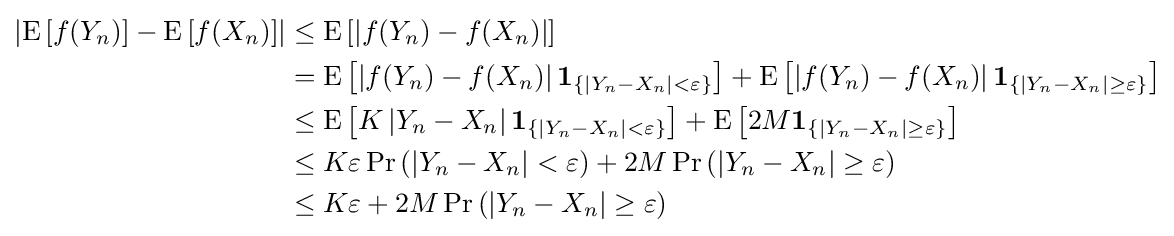
{\begin{aligned}\left|\operatorname {E} \left[f(Y_{n})\right]-\operatorname {E} \left[f(X_{n})\right]\right|&\leq \operatorname {E} \left[\left|f(Y_{n})-f(X_{n})\right|\right]\\&=\operatorname {E} \left[\left|f(Y_{n})-f(X_{n})\right|\mathbf {1} _{\left\{|Y_{n}-X_{n}|<\varepsilon \right\}}\right]+\operatorname {E} \left[\left|f(Y_{n})-f(X_{n})\right|\mathbf {1} _{\left\{|Y_{n}-X_{n}|\geq \varepsilon \right\}}\right]\\&\leq \operatorname {E} \left[K\left|Y_{n}-X_{n}\right|\mathbf {1} _{\left\{|Y_{n}-X_{n}|<\varepsilon \right\}}\right]+\operatorname {E} \left[2M\mathbf {1} _{\left\{|Y_{n}-X_{n}|\geq \varepsilon \right\}}\right]\\&\leq K\varepsilon \operatorname {Pr} \left(\left|Y_{n}-X_{n}\right|<\varepsilon \right)+2M\operatorname {Pr} \left(\left|Y_{n}-X_{n}\right|\geq \varepsilon \right)\\&\leq K\varepsilon +2M\operatorname {Pr} \left(\left|Y_{n}-X_{n}\right|\geq \varepsilon \right)\end{aligned}}